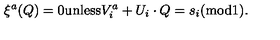
\xi ^ { a } ( Q ) = 0 { \mathrm { u n l e s s } } V _ { i } ^ { a } + U _ { i } \cdot Q = s _ { i } ( { \mathrm { m o d } } 1 ) .